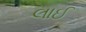
લાઈ